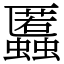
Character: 䘌